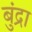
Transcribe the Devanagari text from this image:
बुंद्रा